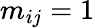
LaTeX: m_{ij}=1